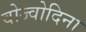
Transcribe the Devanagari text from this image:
वोज्वोदिना